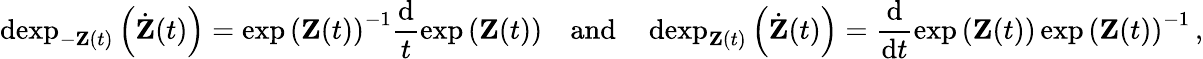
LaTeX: \operatorname{dexp}_{-\mathbf Z(t)}\left(\dot{\mathbf Z}(t)\right)=\exp\left(\mathbf Z(t)\right)^{-1}\frac{\mathrm{d}}{t}\exp\left(\mathbf Z(t)\right)\quad\mathrm{and}\quad\operatorname{dexp}_{\mathbf Z(t)}\left(\dot{\mathbf Z}(t)\right)=\frac{\mathrm{d}}{\mathrm{d}t}\exp\left(\mathbf Z(t)\right)\exp\left(\mathbf Z(t)\right)^{-1}\, ,